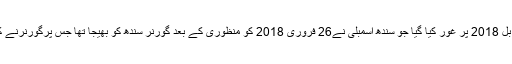
اجلاس میں این ٹی ایس ٹیسٹ پاس اساتذہ کومستقل کرنے کے بل 2018 پر غور کیا گیا جو سندھ اسمبلی نے26 فروری 2018 کو منظوری کے بعد گورنر سندھ کو بھیجا تھا جس پرگورنرنے کچھ اعتراضات کے بعدبل دوبارہ نظرثانی کیلیے واپس کردیا۔